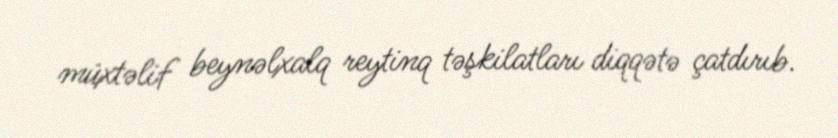
müxtəlif beynəlxalq reytinq təşkilatları diqqətə çatdırıb.